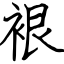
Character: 裉